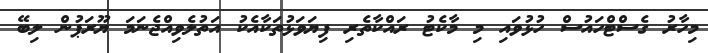
މިހާރު ގެސްޓްހައުސް ހުޅުވައި މި މާކެޓު ރައްކާތެރި ފިޔަވަޅުތަކާއެކު އަތުލެވިއްޖެނަމަ ޔޫރަޕުން ލިބޭ